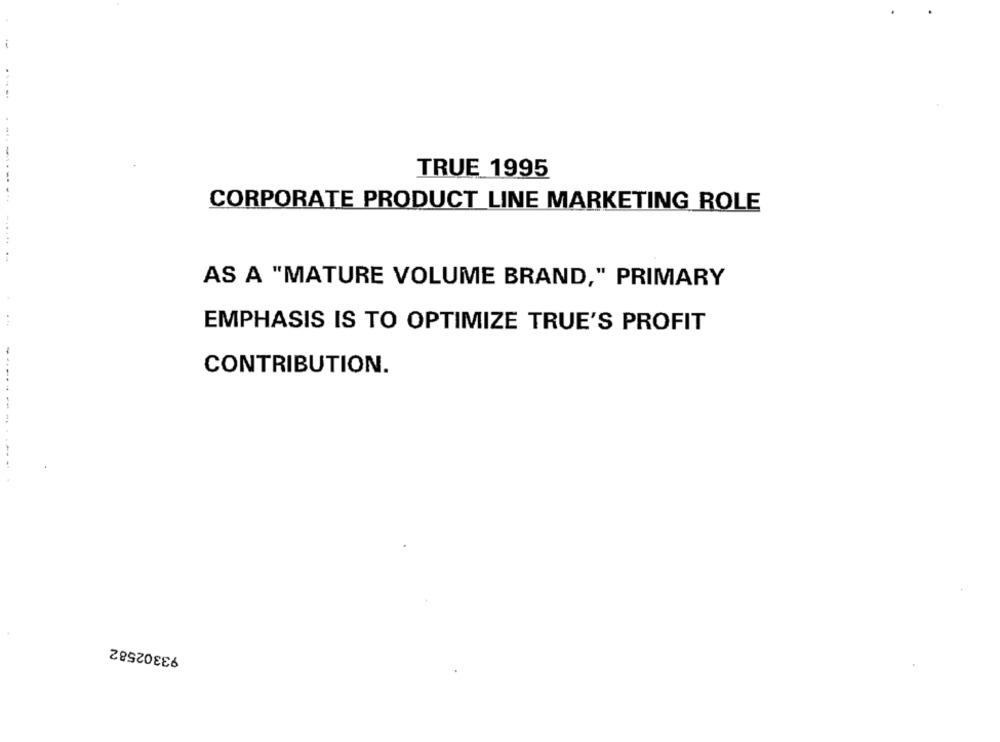
TRUE 1995
CORPORATE PRODUCT LINE MARKETING ROLE
AS A "MATURE VOLUME BRAND," PRIMARY
EMPHASIS IS TO OPTIMIZE TRUE'S PROFIT
CONTRIBUTION.
93302582